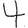
Digit: 4